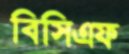
বিসিএফ